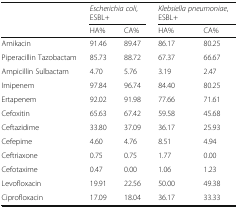
| <ROWSPAN=2>  | <COLSPAN=2> Escherichia coli, ESBL+ | <COLSPAN=2> Klebsiella pneumoniae, ESBL+ |
 | HA% | CA% | HA% | CA% |
 | --- | --- | --- | --- | --- |
 | Amikacin | 91.46 | 89.47 | 86.17 | 80.25 |
 | Piperacillin Tazobactam | 85.73 | 88.72 | 67.37 | 66.67 |
 | Ampicillin Sulbactam | 4.70 | 5.76 | 3.19 | 2.47 |
 | Imipenem | 97.84 | 96.74 | 84.40 | 80.25 |
 | Ertapenem | 92.02 | 91.98 | 77.66 | 71.61 |
 | Cefoxitin | 65.63 | 67.42 | 59.58 | 45.68 |
 | Ceftazidime | 33.80 | 37.09 | 36.17 | 25.93 |
 | Cefepime | 4.60 | 4.76 | 8.51 | 4.94 |
 | Ceftriaxone | 0.75 | 0.75 | 1.77 | 0.00 |
 | Cefotaxime | 0.47 | 0.00 | 1.06 | 1.23 |
 | Levofloxacin | 19.91 | 22.56 | 50.00 | 49.38 |
 | Ciprofloxacin | 17.09 | 18.04 | 36.17 | 33.33 |